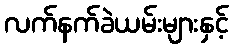
လက်နက်ခဲယမ်းများနှင့်